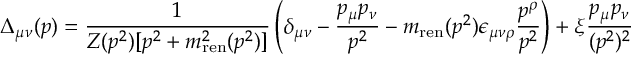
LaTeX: \Delta _ { \mu \nu } ( p ) = { \frac { 1 } { Z ( p ^ { 2 } ) [ p ^ { 2 } + m _ { \mathrm { r e n } } ^ { 2 } ( p ^ { 2 } ) ] } } \left( \delta _ { \mu \nu } - { \frac { p _ { \mu } p _ { \nu } } { p ^ { 2 } } } - m _ { \mathrm { r e n } } ( p ^ { 2 } ) \epsilon _ { \mu \nu \rho } { \frac { p ^ { \rho } } { p ^ { 2 } } } \right) + \xi { \frac { p _ { \mu } p _ { \nu } } { ( p ^ { 2 } ) ^ { 2 } } }